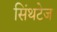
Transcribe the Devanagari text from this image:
सिंथटेज